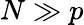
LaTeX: N\gg p